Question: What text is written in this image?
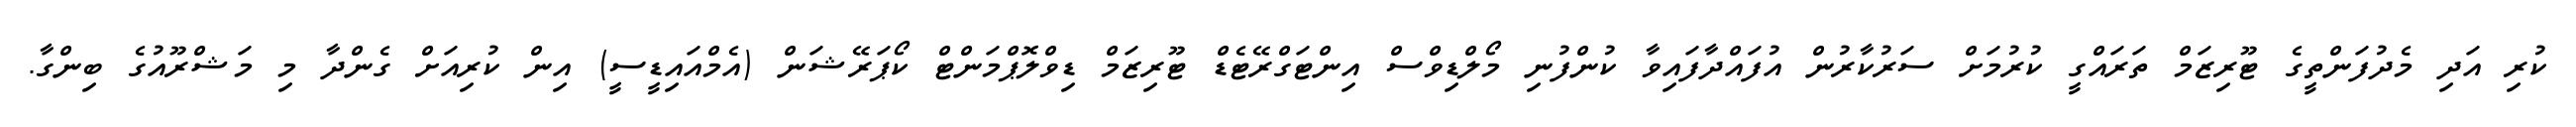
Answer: ކުރި އަދި މެދުފަންތީގެ ޓޫރިޒަމް ތަރައްގީ ކުރުމަށް ސަރުކާރުން އުފައްދާފައިވާ ކުންފުނި މޯލްޑިވްސް އިންޓަގްރޭޓެޑް ޓޫރިޒަމް ޑިވްލޮޕްމަންޓް ކޯޕަރޭޝަން (އެމްއައިޑީސީ) އިން ކުރިއަށް ގެންދާ މި މަޝްރޫއުގެ ބިންގާ.